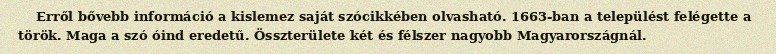
Erről bővebb információ a kislemez saját szócikkében olvasható. 1663-ban a települést felégette a török. Maga a szó óind eredetű. Összterülete két és félszer nagyobb Magyarországnál.